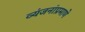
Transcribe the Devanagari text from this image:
व्यंजनांप्रमाणे